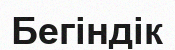
Бегіндік